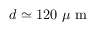
d \simeq 1 2 0 ~ \mu \textup { m }